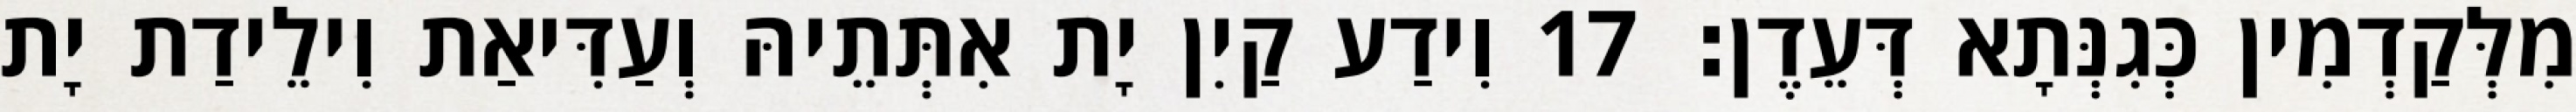
מִלְּקַדְמִין כְּגִנְּתָא דְּעֵדֶן׃ 17 וִידַע קַיִן יָת אִתְּתֵיהּ וְעַדִּיאַת וִילֵידַת יָת